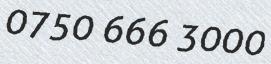
0750 666 3000